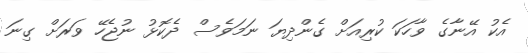
އެކު އޭނާގެ ވާހަކަ ކުރިއަށް ގެންދިޔަ ނަމަވެސް ދެކޮޅު ނުޖެހޭ ވަރަށް ގިނަ